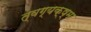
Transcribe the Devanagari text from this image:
त्वग्यक्ष्मा